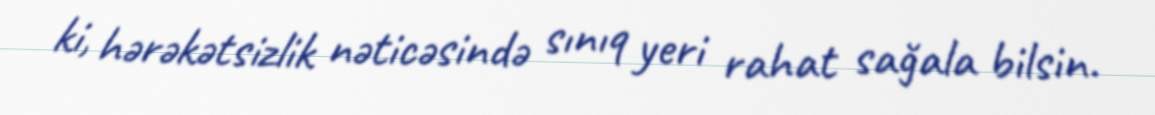
ki, hərəkətsizlik nəticəsində sınıq yeri rahat sağala bilsin.